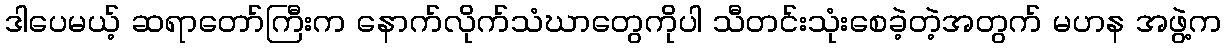
ဒါပေမယ့် ဆရာတော်ကြီးက နောက်လိုက်သံဃာတွေကိုပါ သီတင်းသုံးစေခဲ့တဲ့အတွက် မဟန အဖွဲ့က